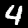
Label: 4